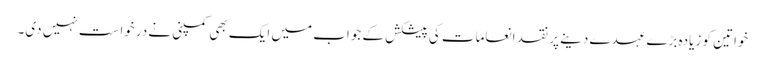
خواتین کو زیادہ بڑے عہدے دینے پر نقد انعامات کی پیشکش کے جواب میں ایک بھی کمپنی نے درخواست نہیں دی۔